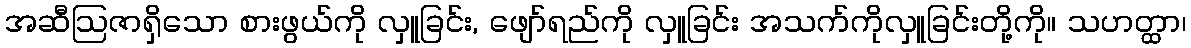
အဆီဩဇာရှိသော စားဖွယ်ကို လှူခြင်း, ဖျော်ရည်ကို လှူခြင်း အသက်ကိုလှူခြင်းတို့ကို။ သဟတ္ထာ၊